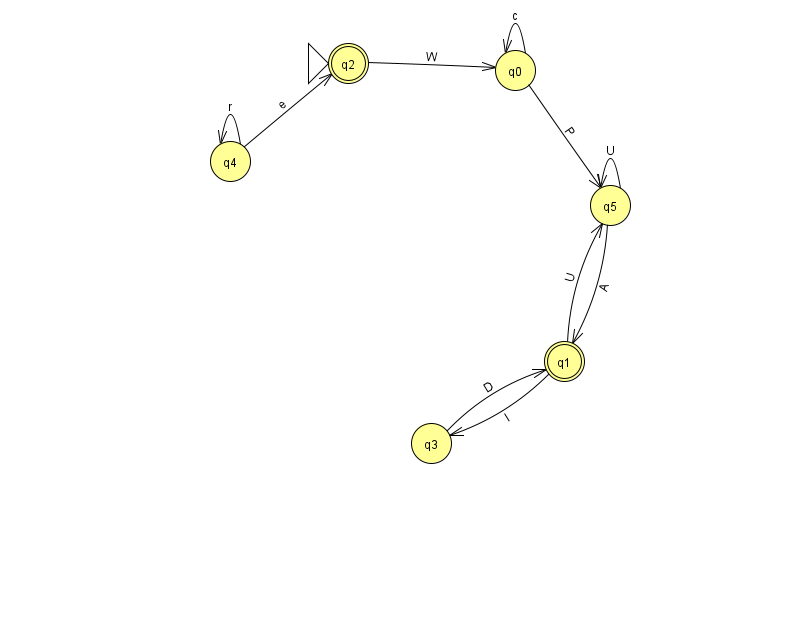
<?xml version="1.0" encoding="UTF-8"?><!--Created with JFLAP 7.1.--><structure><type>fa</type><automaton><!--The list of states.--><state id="0" name="q0"><x>515.0</x><y>57.0</y></state><state id="1" name="q1"><x>564.0</x><y>348.0</y><final/></state><state id="2" name="q2"><x>348.0</x><y>50.0</y><initial/><final/></state><state id="3" name="q3"><x>431.0</x><y>430.0</y></state><state id="4" name="q4"><x>230.0</x><y>148.0</y></state><state id="5" name="q5"><x>610.0</x><y>192.0</y></state><!--The list of transitions.--><transition><from>4</from><to>4</to><read>r</read></transition><transition><from>0</from><to>0</to><read>c</read></transition><transition><from>3</from><to>1</to><read>D</read></transition><transition><from>5</from><to>5</to><read>U</read></transition><transition><from>0</from><to>5</to><read>P</read></transition><transition><from>5</from><to>1</to><read>A</read></transition><transition><from>1</from><to>3</to><read>I</read></transition><transition><from>1</from><to>5</to><read>U</read></transition><transition><from>2</from><to>0</to><read>W</read></transition><transition><from>4</from><to>2</to><read>e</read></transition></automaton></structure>